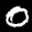
Label: 0